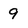
Character: 9